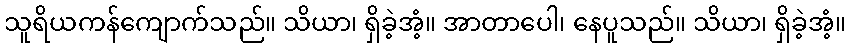
သူရိယကန်ကျောက်သည်။ သိယာ၊ ရှိခဲ့အံ့။ အာတာပေါ၊ နေပူသည်။ သိယာ၊ ရှိခဲ့အံ့။